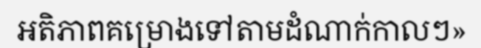
អតិភាពគម្រោងទៅតាមដំណាក់កាលៗ»